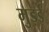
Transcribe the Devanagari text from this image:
मुड़ई